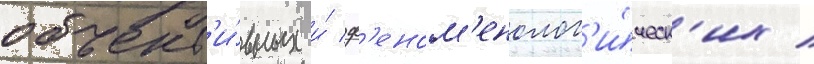
объект'и́вных и́ ф'еном'енолог'и́ческ'их /